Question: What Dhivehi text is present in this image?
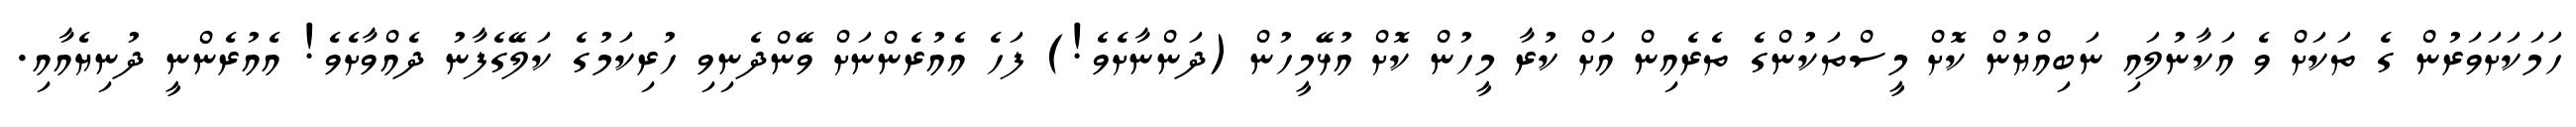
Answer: ހަމަކަށަވަރުން ގެ ތަކަށް ވެ އަކާނުލައި ނަބިއްޔުން ކޮށް މީސްތަކުންގެ ތެރެއިން އަށް ކުރާ މީހުން ކޮށް އުޅޭމީހުން (ދަންނާށެވެ!) ފަހެ އެއުރެންނަށް ވޭންދެނިވި ހުރިކަމުގެ ކަލޭގެފާނު ދެއްވާށެވެ! އެއުރެންނީ ދުނިޔެއާއި.